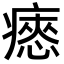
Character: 瘱